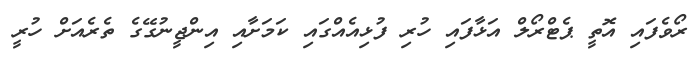
ރޯވެފައި އޮތީ ޕެޓްރޯލް އަޅާފައި ހުރި ފުޅިއެއްގައި ކަމަށާއި އިންޖީނުގޭގެ ތެރެއަށް ހުރީ